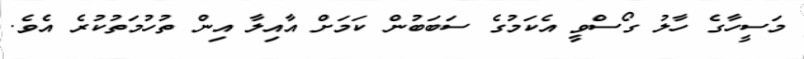
މަސީހާގެ ހާލު ގޯސްވީ އެކަމުގެ ސަބަބުން ކަމަށް އާއިލާ އިން ތުހުމަތުކުރެ އެވެ.